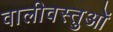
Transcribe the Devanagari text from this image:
वालीवस्तुओं